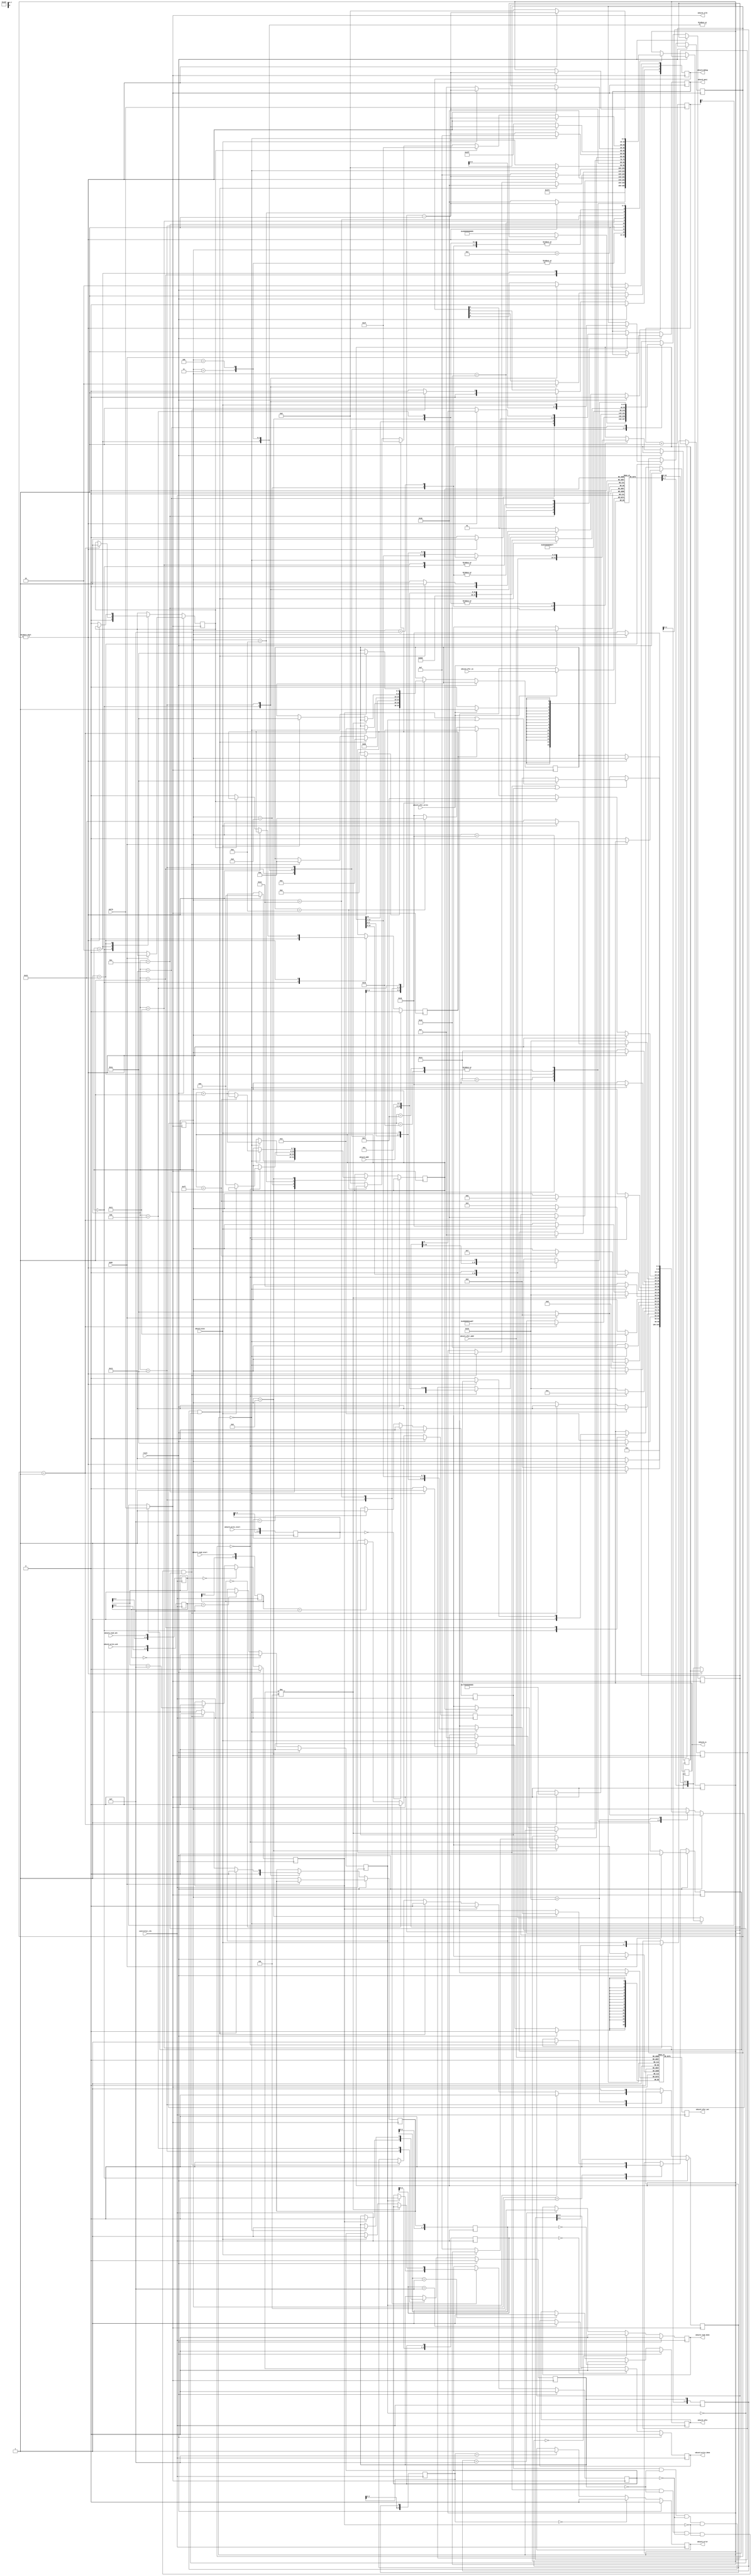
//**************************************************************************
//*             SD-
//**************************************************************************

module sdspi (

   //  SD
   output reg      sdcard_cs, 
   output reg      sdcard_mosi, 
   output          sdcard_sclk, 
   input           sdcard_miso,
   
   output reg[3:0] sdcard_debug,       //  

   input[26:0]     sdcard_addr,        //   
   output reg      sdcard_idle,        //   
   input           sdcard_read_start,  //   
   input           sdcard_read_ack,    //    
   output reg      sdcard_read_done,   //   
   input           sdcard_write_start, //   
   input           sdcard_write_ack,   //    
   output reg      sdcard_write_done,  //   
   output reg      sdcard_error,       //  
   input[7:0]      sdcard_xfer_addr,   //    /
   output reg[15:0]sdcard_xfer_out,    // ,    
   input           sdcard_xfer_write,  //   
   input[15:0]     sdcard_xfer_in,     // ,    
   input           controller_clk,     //    -    
   input           mode,               //  : 0 - , 1 - 
   input           sdclk,              //   SD-
   input           reset               //  
);

//   :                                   
//   -  
//  host            sdspi                           host            sdspi
//-------------------------------                   -------------------------------
//  write_start=1                                   read_start=1
//                  write_done=1                                     read_done=1
//  write_ack=1                                      read_ack=1 
//                  write_done=0                                     read_done=0
//  write_ack=0                                     read_ack=0
//

   //****************************
    //  
   //****************************
   reg[15:0] rsector[0:255]; //  
   reg[15:0] wsector[0:255]; //  

   
   //****************************
   //   SD
   //****************************
   parameter[4:0] sd_reset = 0; 
   parameter[4:0] sd_sendcmd0 = 1; 
   parameter[4:0] sd_checkcmd0 = 2; 
   parameter[4:0] sd_checkcmd8 = 3; 
   parameter[4:0] sd_checkcmd55 = 4; 
   parameter[4:0] sd_checkacmd41 = 5; 
   parameter[4:0] sd_checkcmd58 = 6; 
   parameter[4:0] sd_checkcmd16 = 7; 
   parameter[4:0] sd_checkcmd1 = 8; 
   parameter[4:0] sd_read_data = 9; 
   parameter[4:0] sd_read_data_waitstart = 10; 
   parameter[4:0] sd_read_crc = 11; 
   parameter[4:0] sd_write_data_startblock = 12; 
   parameter[4:0] sd_write = 13; 
   parameter[4:0] sd_write_checkresponse = 14; 
   parameter[4:0] sd_write_last = 15; 
   parameter[4:0] sd_write_crc = 16; 
   parameter[4:0] sd_read_dr = 17; 
   parameter[4:0] sd_waitwritedone = 18; 
   parameter[4:0] sd_send_cmd = 19; 
   parameter[4:0] sd_readr1wait = 20; 
   parameter[4:0] sd_readr1 = 21; 
   parameter[4:0] sd_readr3 = 22; 
   parameter[4:0] sd_readr7 = 23; 
   parameter[4:0] sd_wait = 24; 
   parameter[4:0] sd_error = 25; 
   parameter[4:0] sd_idle = 26; 

   reg[4:0] sd_state; 
   reg[4:0] sd_nextstate; 

   //     
   reg[47:0] sd_cmd;   //   
   reg[6:0] sd_r1;  //  R1
   reg[31:0] sd_r3; //  R2 
   reg[31:0] sd_r7; //  R7
   reg[7:0] sd_dr; 
   reg do_readr3; 
   reg do_readr7; 

   reg[9:0] counter; 
   reg[7:0] sectorindex; 
   reg[15:0] sd_word; 
   reg[3:0] idle_filter; 
   reg[3:0] read_start_filter; 
   reg[3:0] read_ack_filter; 
   reg[3:0] read_done_filter; 
   reg[3:0] write_start_filter; 
   reg[3:0] write_ack_filter; 
   reg[3:0] write_done_filter; 
   reg[3:0] card_error_filter; 
   
   reg idle; 
   reg read_start; 
   reg read_ack; 
   reg read_done; 
   reg write_start; 
   reg write_ack; 
   reg write_done; 
   reg card_error; 

//*******************************************   
//*   -
//*******************************************   
always @(posedge controller_clk) begin
         
         //   
         sdcard_xfer_out <= rsector[sdcard_xfer_addr] ; // ,    
         if (sdcard_xfer_write == 1'b1)  wsector[sdcard_xfer_addr] <= sdcard_xfer_in; //     
         
         //     
         idle_filter <= {idle_filter[2:0], idle} ;  //   
         read_start_filter <= {read_start_filter[2:0], sdcard_read_start} ; //   
         read_ack_filter <= {read_ack_filter[2:0], sdcard_read_ack} ;       //   
         read_done_filter <= {read_done_filter[2:0], read_done} ;           //    
         write_start_filter <= {write_start_filter[2:0], sdcard_write_start} ; //   
         write_ack_filter <= {write_ack_filter[2:0], sdcard_write_ack} ; 
         write_done_filter <= {write_done_filter[2:0], write_done} ; 
         card_error_filter <= {card_error_filter[2:0], card_error} ; 
         
         //  
         if (reset == 1'b1)  begin
            sdcard_idle <= 1'b0 ; 
            read_start <= 1'b0 ; 
            read_ack <= 1'b0 ; 
            sdcard_read_done <= 1'b0 ; 
            write_start <= 1'b0 ; 
            write_ack <= 1'b0 ; 
            sdcard_write_done <= 1'b0 ; 
            sdcard_error <= 1'b0 ; 
         end
         
         //   
         else  begin
            //    
            if (idle_filter == {4{1'b0}})     sdcard_idle <= 1'b0 ; 
            else if (idle_filter == {4{1'b1}}) sdcard_idle <= 1'b1 ;
            
            //   
            if (read_start_filter == {4{1'b0}}) read_start <= 1'b0 ; 
            else if (read_start_filter == {4{1'b1}})  read_start <= 1'b1 ; 

            //   
            if (read_ack_filter == {4{1'b0}})      read_ack <= 1'b0 ; 
            else if (read_ack_filter == {4{1'b1}}) read_ack <= 1'b1 ; 

            //   
            if (read_done_filter == {4{1'b0}}) sdcard_read_done <= 1'b0 ; 
            else if (read_done_filter == {4{1'b1}})  sdcard_read_done <= 1'b1 ; 

            //   
            if (write_start_filter == {4{1'b0}})     write_start <= 1'b0 ; 
            else if (write_start_filter == {4{1'b1}})  write_start <= 1'b1 ; 

            //   
            if (write_ack_filter == {4{1'b0}})       write_ack <= 1'b0 ; 
            else if (write_ack_filter == {4{1'b1}})  write_ack <= 1'b1 ; 

            //   
            if (write_done_filter == {4{1'b0}}) sdcard_write_done <= 1'b0 ; 
            else if (write_done_filter == {4{1'b1}}) sdcard_write_done <= 1'b1 ; 

            //   
            if (card_error_filter == {4{1'b0}}) sdcard_error <= 1'b0 ; 
            else if (card_error_filter == {4{1'b1}}) sdcard_error <= 1'b1 ; 
         end 
end 

//*******************************************   
//   SD-
//*******************************************   

//     -   64
reg [5:0] sdcounter;
always @ (posedge sdclk) sdcounter <= sdcounter + 1'b1;

//     
//  1 -  , 0 - 200 
reg sdslow;  

//   
assign sdcard_sclk = sdslow? sdclk : sdcounter[5];

//*******************************************   
//*       SPI
//*******************************************   
always @(posedge sdcard_sclk)  begin
     // 
         if (reset == 1'b1) begin
               if (mode == 1'b1) begin 
                  //    -    
                  sd_state <= sd_reset ; 
                  sdslow <= 1'b0;       //     
               end   
               else begin 
                  //   -    
                  sdslow <= 1'b1;
                  sd_state <= sd_idle;  //     
                  //      
                  idle <= 1'b1 ;          
                  do_readr7 <= 1'b0 ; 
                  sdcard_mosi <= 1'b1 ;   // MOSI=1
                  sdcard_cs <= 1'b0;      // CS=0
               end
               do_readr3 <= 1'b0 ; 
               read_done <= 1'b0 ;       //    
               write_done <= 1'b0 ;      //  
               card_error <= 1'b0 ;      //   
               sdcard_debug <= 4'b0011 ; 
         end
         else  begin
            //   
            case (sd_state)
               //  
               sd_reset :         
                        begin
                           counter <= 10'd500 ; //    
                           sdslow <= 1'b0;      //     
                           do_readr3 <= 1'b0 ; 
                           do_readr7 <= 1'b0 ; 
                           sdcard_cs <= 1'b1 ;     // CS=1
                           sdcard_mosi <= 1'b1 ;   // MOSI=1
                           sd_state <= sd_sendcmd0 ; //   - CMD0
                           idle <= 1'b0 ; 
                           sdcard_debug <= 4'b0011 ; 
                        end
               //  cmd0
               sd_sendcmd0 :
                        begin
                           if (counter != 0) counter <= counter - 1'b1 ; //   CMD0 
                           else  begin
                              counter <= 10'd48 ;       //  48 
                              sdcard_cs <= 1'b0 ;   //  , CS=0
                              sd_nextstate <= sd_checkcmd0 ; 
                              sd_cmd <= 48'h400000000095; // CMD0
                              sd_state <= sd_send_cmd ; 
                           end 
                        end
               //   . 
               // 
               sd_checkcmd0 :
                        begin
                           //    01 -    cmd8         
                           if (sd_r1 == 7'b0000001)  begin
                              counter <= 10'd48 ; 
                              sd_nextstate <= sd_checkcmd8 ; 
                              sd_cmd <= 48'h48000001AA87 ; // CMD8
                              do_readr7 <= 1'b1 ; 
                              sd_state <= sd_send_cmd ; 
                           end
                           else  sd_state <= sd_reset ; //  -  
                        end
               //   CMD8 
               sd_checkcmd8 :
                        begin
                           sd_nextstate <= sd_checkcmd55 ; 
                           counter <= 10'd48 ; 
                           if (sd_r1 == 7'b0000001)  begin 
                             sd_state <= sd_send_cmd ; 
                             sd_cmd <= 48'h770000000065; //   - CMD55
                           end  
                           else  sd_state<=sd_reset;
                        end
               //    CMD55
               sd_checkcmd55 :
                        begin
                           counter <= 10'd48 ; 
                           sd_nextstate <= sd_checkacmd41 ; 
                           if (sd_r1 == 7'b0000001)  sd_state <= sd_send_cmd ; 
                           else sd_state <= sd_reset; 
                           //    ACMD41
                            sd_cmd <= 48'h694000000077; //  SDHC
                        end
               //    ACMD41
               sd_checkacmd41 :
                        begin
                           if (sd_r1 == 7'b0000000) begin
                              sd_state <= sd_idle ; //   -                                 
                              sdslow <= 1'b1;       //    SPI-
                           end   
                           else  sd_state <= sd_checkcmd8 ;   //   -   acmd41
                        end   
               //   
               sd_idle :
                        begin
                           sdcard_debug[0] <= 1'b0 ;   
                           sdcard_debug[1] <= 1'b0;
                           sdcard_debug[3:2] <= 2'b00 ; 
                           idle <= 1'b1 ;   //     

                           //  
                           if (read_start == 1'b1 
                            & read_done == 1'b0 
                            & write_done == 1'b0 
                            & read_ack == 1'b0 
                            & write_ack == 1'b0)  begin
                               card_error <= 1'b0 ; 
                               idle <= 1'b0 ;    //   
                               counter <= 48 ;   //  
                               //     SDHC
                               sd_cmd <= {8'h51, 5'b00000, sdcard_addr, 8'h01} ; 
                               sd_state <= sd_send_cmd ; //  
                               sd_nextstate <= sd_read_data_waitstart ; //      
                               sdcard_debug[2] <= 1'b1 ; 
                           end 
                           
                           //  
                           if (write_start == 1'b1 
                            & read_done == 1'b0 
                            & write_done == 1'b0 
                            & read_ack == 1'b0 
                            & write_ack == 1'b0)  begin
                               card_error <= 1'b0 ; 
                               idle <= 1'b0 ; 
                               counter <= 48 ; 
                               sd_cmd <= {8'h58 , 5'b00000, sdcard_addr, 8'h01 } ; 
                               sd_state <= sd_send_cmd ; 
                               sd_nextstate <= sd_write_checkresponse ; 
                               sdcard_debug[3] <= 1'b1 ; 
                           end 

                           //    
                           if (read_ack == 1'b1)  begin
                              read_done <= 1'b0 ;  //    
                              card_error <= 1'b0 ; 
                           end 

                           //    
                           if (write_ack == 1'b1) begin
                              write_done <= 1'b0 ; 
                              card_error <= 1'b0 ; 
                           end 
                        end
                        
               //       
               sd_write_checkresponse :
                        begin
                           if (sd_r1 == 7'b0000000)  begin
                              counter <= 7 ; 
                              sd_state <= sd_write_data_startblock ; 
                           end
                           else  sd_state <= sd_error ; 
                        end
               //   
               sd_write_data_startblock :
                        begin
                           if (counter != 0)  begin
                              counter <= counter - 1'b1 ; 
                              sectorindex <= 0 ; 
                              sdcard_mosi <= 1'b1 ; 
                           end
                           else begin
                              sdcard_mosi <= 1'b0 ; 
                              sd_word <= {wsector[sectorindex][7:0], wsector[sectorindex][15:8]} ; 
                              sectorindex <= sectorindex + 1'b1 ; 
                              sd_state <= sd_write ; 
                              counter <= 15 ; 
                           end 
                        end
               //            
               sd_write :
                        begin
                           sdcard_mosi <= sd_word[15] ; 
                           sd_word <= {sd_word[14:0], 1'b0} ; 
                           counter <= counter - 1'b1 ; 
                           if (counter == 0) begin
                              sd_word <= {wsector[sectorindex][7:0], wsector[sectorindex][15:8]} ; 
                              if (sectorindex == 255)  sd_state <= sd_write_last ; 
                              sectorindex <= sectorindex + 1'b1 ; 
                              counter <= 15 ; 
                           end 
                        end
               //              
               sd_write_last :
                        begin
                           sdcard_mosi <= sd_word[15] ; 
                           sd_word <= {sd_word[14:0], 1'b0} ; 
                           counter <= counter - 1'b1 ; 
                           if (counter == 0) begin
                              sd_state <= sd_write_crc ; 
                              counter <= 15 ; 
                           end 
                        end
               //  CRC         
               sd_write_crc :
                        begin
                           sdcard_mosi <= 1'b0 ; 
                           counter <= counter - 1'b1 ; 
                           if (counter == 0)  begin
                              sd_state <= sd_read_dr ; 
                              counter <= 8 ; 
                           end 
                        end
               //    DR         
               sd_read_dr :
                        begin
                           sd_dr <= {sd_dr[6:0], sdcard_miso} ; 
                           sdcard_mosi <= 1'b1 ; 
                           counter <= counter - 1'b1 ; 
                           if (counter == 0) sd_state <= sd_waitwritedone ; 
                        end
               //  DR            
               sd_waitwritedone :
                        begin
                           if (sd_dr[3:0] != 4'b0101) sd_state <= sd_error ; 
                           else if (sdcard_miso == 1'b1)
                           begin
                              counter <= 7 ; 
                              sd_state <= sd_wait ; 
                              write_done <= 1'b1 ;         //    
                              sd_nextstate <= sd_idle ; 
                           end 
                        end
               //             
               sd_read_data_waitstart :
                        begin
                           if (sd_r1 == 7'b0000000) begin
                              if (sdcard_miso == 1'b0) begin
                                 sd_state <= sd_read_data ; 
                                 counter <= 15 ; 
                                 sectorindex <= 0 ; 
                              end 
                           end
                           else  sd_state <= sd_error ; 
                        end
               //   
               sd_read_data :
                        begin
                           if (counter == 0)  begin
                              counter <= 15 ; 
                              rsector[sectorindex] <= {sd_word[6:0], sdcard_miso, sd_word[14:7]}; 
                              if (sectorindex == 255)  sd_state <= sd_read_crc ; 
                              else    sectorindex <= sectorindex + 1'b1 ; 
                           end
                           else   begin
                              sd_word <= {sd_word[14:0], sdcard_miso} ; 
                              counter <= counter - 1'b1 ; 
                           end 
                        end
               //   CRC   
               sd_read_crc :
                        begin
                           if (counter == 0)  begin
                              counter <= 15 ; 
                              sd_state <= sd_wait ; 
                              sd_nextstate <= sd_idle ; 
                              read_done <= 1'b1 ;       //    
                           end
                           else  begin
                              sd_word <= {sd_word[14:0], sdcard_miso} ; 
                              counter <= counter - 1'b1 ; 
                           end 
                        end
               //   
               sd_send_cmd :
                        begin
                           if (counter != 0)  begin
                              counter <= counter - 1'b1 ; 
                              sdcard_mosi <= sd_cmd[47] ; 
                              sd_cmd <= {sd_cmd[46:0], 1'b1} ; 
                           end
                           else  begin
                              counter <= 1023 ; 
                              sd_state <= sd_readr1wait ; 
                              sdcard_mosi <= 1'b1 ; 
                           end 
                        end
               //   R1
               sd_readr1wait :
                        begin
                           if (counter != 0)  begin
                              counter <= counter - 1'b1 ; 
                              if (sdcard_miso == 1'b0)  begin
                                 sd_state <= sd_readr1 ; 
                                 counter <= 7 ; 
                              end 
                           end
                           else  sd_state <= sd_error ; 
                        end
               //   R1
               sd_readr1 :
                        begin
                           if (counter != 0) begin
                              sd_r1 <= {sd_r1[5:0], sdcard_miso} ; 
                              counter <= counter - 1'b1 ; 
                           end
                           else  begin
                              if (do_readr7 == 1'b1)  begin
                                 do_readr7 <= 1'b0 ; 
                                 counter <= 31 ; 
                                 sd_r7[0] <= sdcard_miso ; 
                                 sd_state <= sd_readr7 ; 
                              end
                              else if (do_readr3 == 1'b1)  begin
                                 do_readr3 <= 1'b0 ; 
                                 counter <= 31 ; 
                                 sd_r3[0] <= sdcard_miso ; 
                                 sd_state <= sd_readr3 ; 
                              end
                              else if (sd_nextstate == sd_read_data_waitstart)   sd_state <= sd_read_data_waitstart ; 
                              else  begin
                                 counter <= 8 ; 
                                 sd_state <= sd_wait ; 
                              end 
                           end 
                        end
               //   R3
               sd_readr3 :
                        begin
                           if (counter != 0)   begin
                              sd_r3 <= {sd_r3[30:0], sdcard_miso} ; 
                              counter <= counter - 1'b1 ; 
                           end
                           else  begin
                              counter <= 8 ; 
                              sd_state <= sd_wait ; 
                           end 
                        end
               //   R7
               sd_readr7 :
                        begin
                           if (counter != 0)   begin
                              sd_r7 <= {sd_r7[30:0], sdcard_miso} ; 
                              counter <= counter - 1'b1 ; 
                           end
                           else   begin
                              counter <= 8 ; 
                              sd_state <= sd_wait ; 
                           end 
                        end
               //  <counter> 
               sd_wait :
                        begin
                           if (counter != 0) counter <= counter - 1'b1 ; 
                           else    sd_state <= sd_nextstate ; 
                        end
               //             
               sd_error :
                        begin
                           card_error <= 1'b1 ; 
                           if (read_start == 1'b1 | write_start == 1'b1) begin
                              if (read_ack == 1'b1 | write_ack == 1'b1)  sd_state <= sd_idle ; 
                              else     sd_state <= sd_reset ; 
									end
								   else
								      if (mode == 1)	sd_state <= sd_reset; 
										else sd_state <= sd_idle;
                        end
            endcase 
         end 
   end 
endmodule